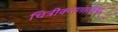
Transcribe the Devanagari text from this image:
चित्रीकरणातील